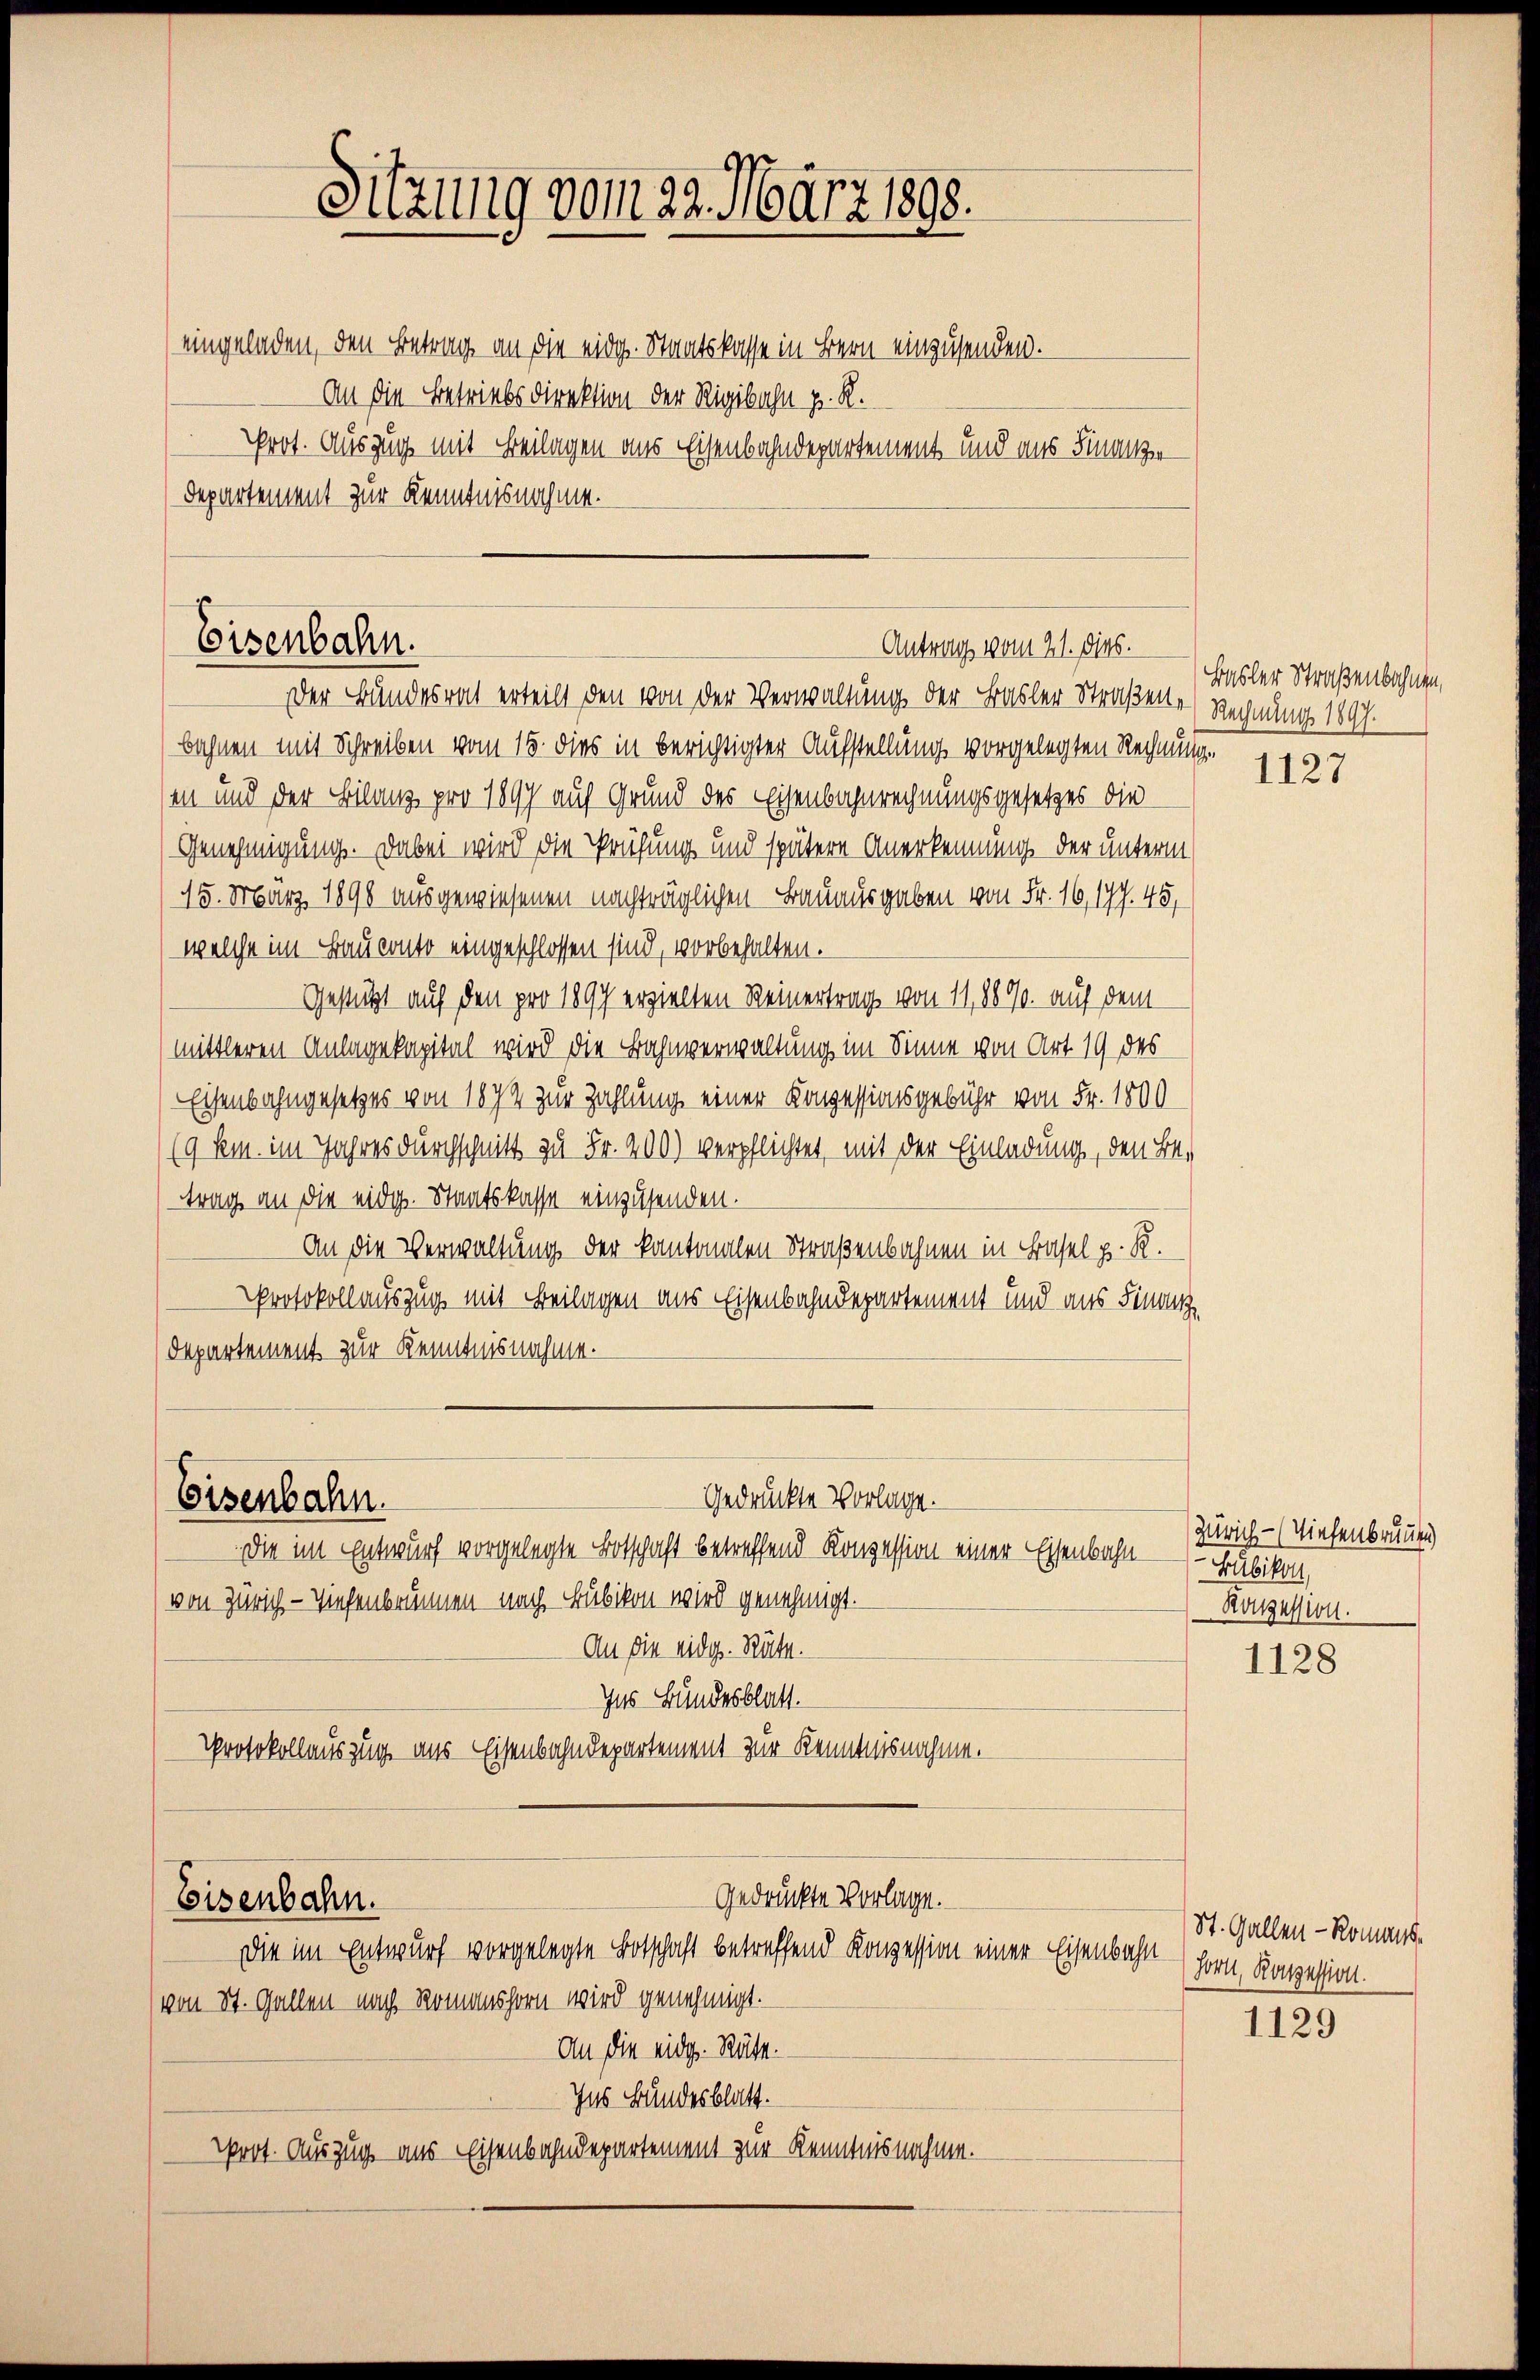
Sitzung vom 23. März 1898.

eingeladen, den Betrag an die eidg. Staatskasse in Bern einzusenden.
An die Betriebsdirektion der Rigibahn z. R.
Prot. Auszug mit Beilagen aus Eisenbahndepartement und ans Finanze
Departement zur Kenntnisnahme.

Eisenbahn.
Antrag vom 21. dies.
Der Bundesrat erteilt den von der Verwaltung der Basler Straßene Rechnung 1897

bahnen mit Schreiben vom 15. dies in berichtigter Aufstellung vorgelegten Rechnung.
sin und der Bilanz pro 1897 auf Grund des Eisenbahnrechnungsgesetzes die
Genehmigung. Dabei wird die Prüfung und spätere Anerkennung der unterm
15. März 1890 ausgewiesenen nachträglichen Bauausgaben von Fr. 16, 177. 45,
welche im Bauconto eingeschlossen sind, vorbehalten.
Gestützt auf den pro 1897 erzielten Reinertrag von 11,889. auf dem
mittleren Anlagekapital wird die Bahnverwaltung im Sinne von Art. 19 des
Eisenbahngesetzes von 1874 zur Zahlung einer Konzessionsgebühr von Fr. 1800
(9 kem. im Jahres durchschnitt zu Fr. 400) verpflichtet, mit der Einladung, den Betrag an die eidg. Staatskasse einzusenden.
An die Verwaltung der kantonalen Straßenbahnen in Basel p. R.
Protokollauszug mit Beilagen aus Eisenbahndepartement und aus Finanz
Departement zur Kenntnisnahme.

Eisenbahn.

Gedrückte Vorlage.

die im Entwurf vorgelegte Botschaft betreffend Konzession einer Eisenbahn
von Zürich - Wiesenbrunnen nach Bubikon wird genehmigt.
An die eidg. Räte.
Ins Bundesblatt.
Protokollauszug aus Eisenbahndepartement zur Kenntnisnahmen
gedruckte Vorlage.
Eisenbahn.
Die im Entwurf vorgelegte Botschaft betreffend Konzession einer Eisenbahn
von St. Gallen nach Romanshorn wird genehmigt.
An die eidg. Räte.
Ins Bundesblatt.
Prot. Auszug aus Eisenbahndepartement zur Kenntnisnahme.

Basler Straßenbahnen,
1127

Zürich - (Viehenbrunnen)
Bubikon,
Ronzession.

1128

St. Gallen - Romans-
horn, Konzession.

1129